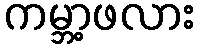
ကမ္ဘာ့ဖလား